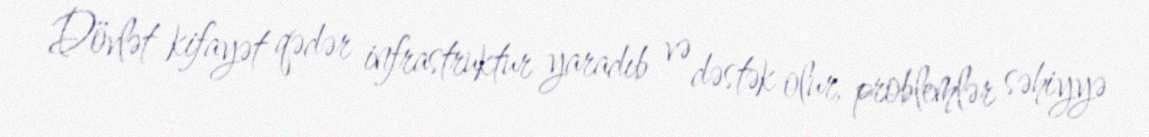
Dövlət kifayət qədər infrastruktur yaradıb və dəstək olur, problemlər səhiyyə